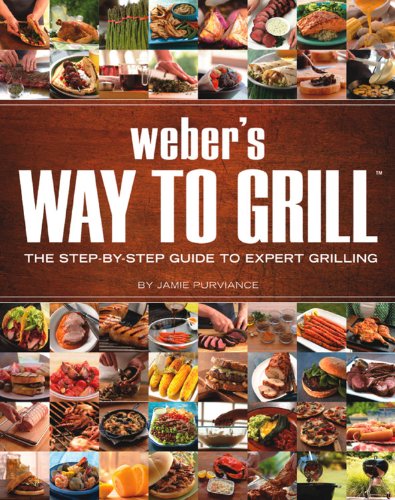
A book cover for Weber's Way to Grill: The Step-by-Step Guide to Expert Grilling (Sunset Books); Jamie Purviance; Cookbooks, Food & Wine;